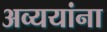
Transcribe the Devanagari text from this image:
अव्ययांना